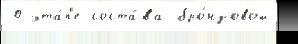
0 эта́п'е соста́ва бро́нзовой